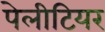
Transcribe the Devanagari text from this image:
पेलीटियर